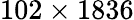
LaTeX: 102\times 1836